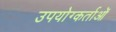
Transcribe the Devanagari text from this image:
उपयोग्कर्ताओं